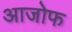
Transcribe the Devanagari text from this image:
आजोफ